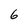
Character: 6